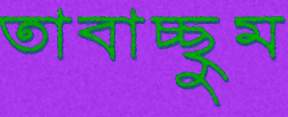
তাবাচ্ছুম